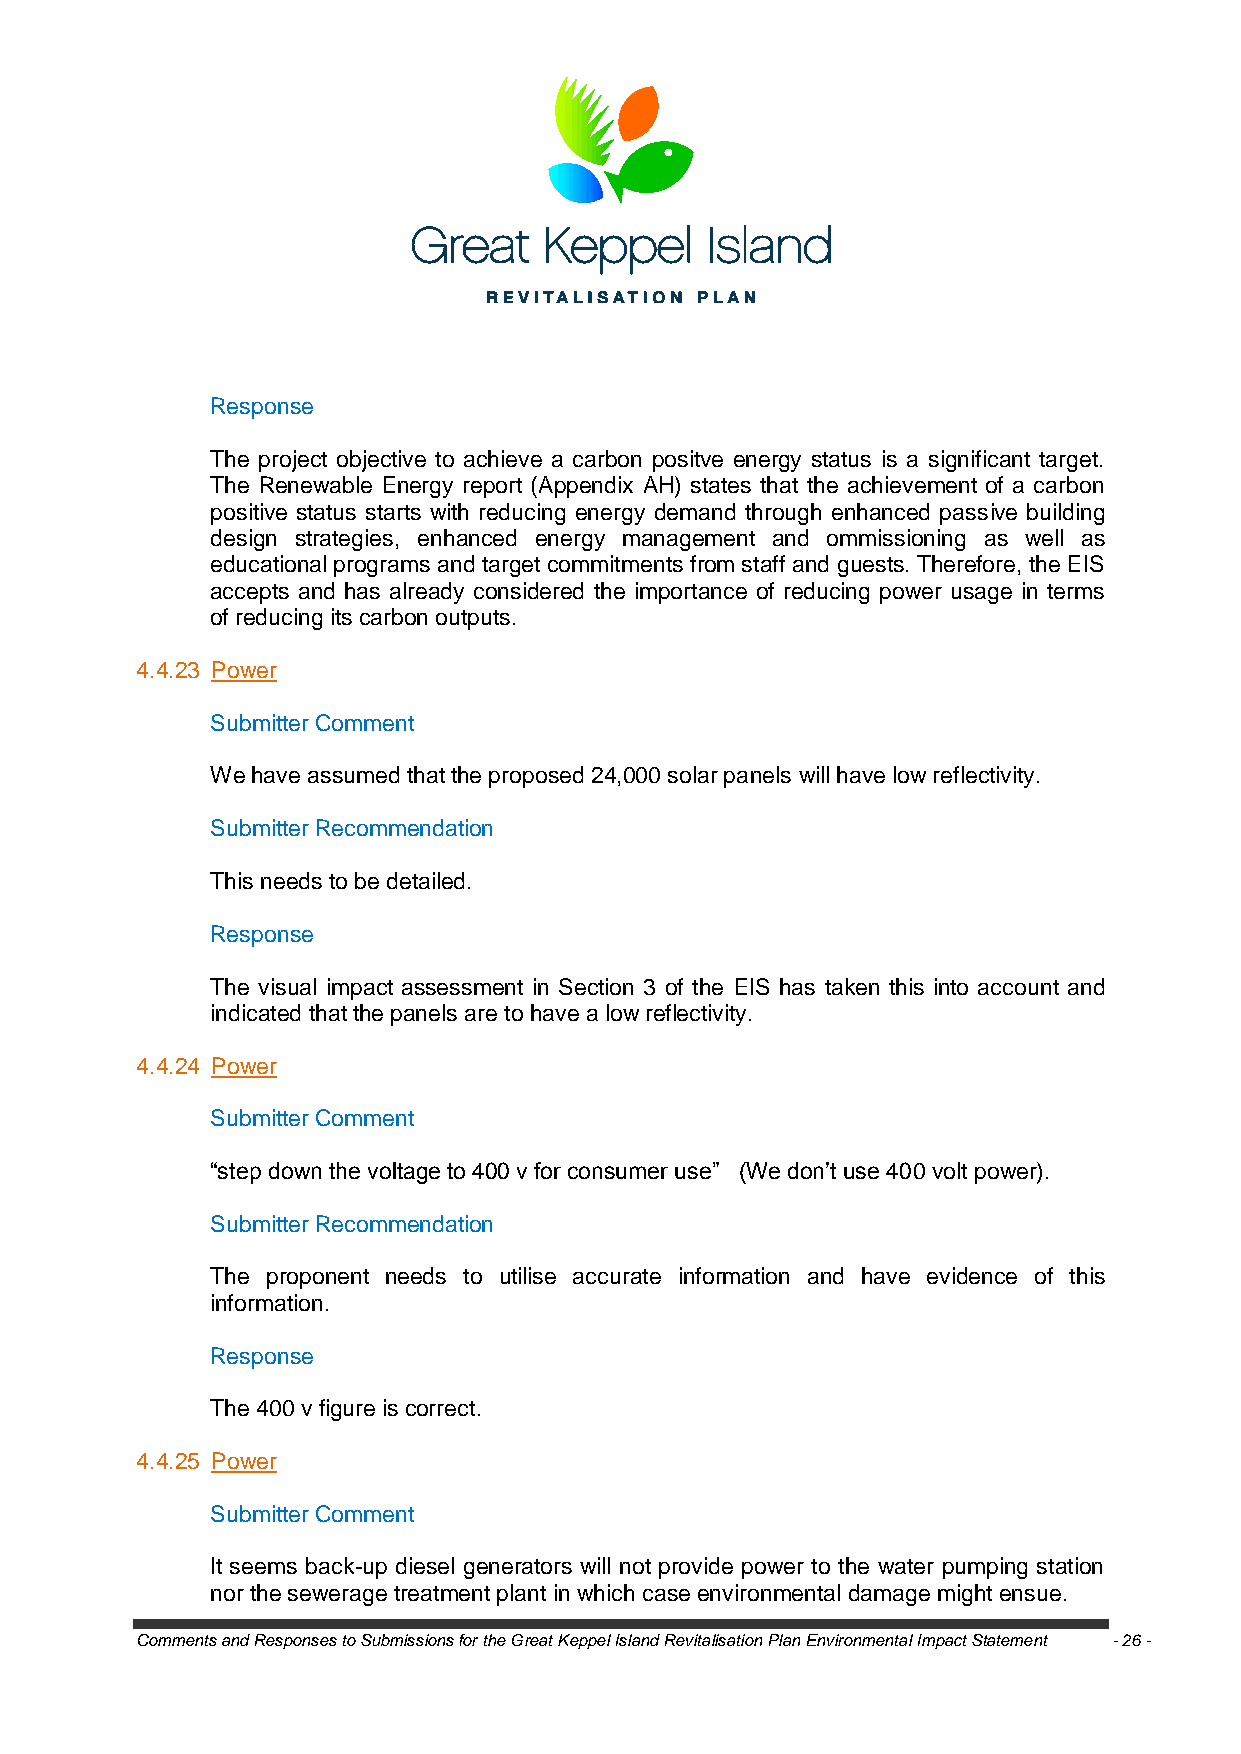
Response
 The project objective to achieve a carbon positve energy status is a significant target.
 The Renewable Energy report (Appendix AH) states that the achievement of a carbon
 positive status starts with reducing energy demand through enhanced passive building
 design strategies, enhanced energy management and ommissioning as well as
 educational programs and target commitments from staff and guests. Therefore, the EIS
 accepts and has already considered the importance of reducing power usage in terms
 of reducing its carbon outputs.
 4.4.23 Power
 Submitter Comment
 We have assumed that the proposed 24,000 solar panels will have low reflectivity.
 Submitter Recommendation
 This needs to be detailed.
 Response
 The visual impact assessment in Section 3 of the EIS has taken this into account and
 indicated that the panels are to have a low reflectivity.
 4.4.24 Power
 Submitter Comment
 ―step down the voltage to 400 v for consumer use‖ (We don‘t use 400 volt power).
 Submitter Recommendation
 The proponent needs to utilise accurate information and have evidence of this
 information.
 Response
 The 400 v figure is correct.
 4.4.25 Power
 Submitter Comment
 It seems back-up diesel generators will not provide power to the water pumping station
 nor the sewerage treatment plant in which case environmental damage might ensue.
 Comments and Responses to Submissions for the Great Keppel Island Revitalisation Plan Environmental Impact Statement - 26 -